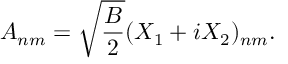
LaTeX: A _ { n m } = \sqrt { \frac { B } { 2 } } ( X _ { 1 } + i X _ { 2 } ) _ { n m } .